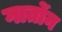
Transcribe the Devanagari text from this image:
गार्तोन